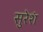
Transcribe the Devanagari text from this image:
सुरेशं